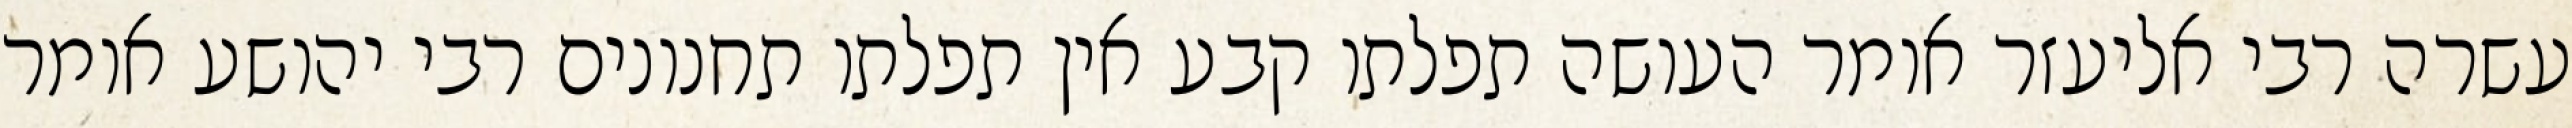
עשרה רבי אליעזר אומר העושה תפלתו קבע אין תפלתו תחנונים רבי יהושע אומר